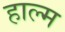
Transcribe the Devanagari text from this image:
हाल्म